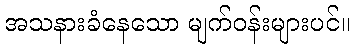
အသနားခံနေသော မျက်ဝန်းများပင်။